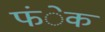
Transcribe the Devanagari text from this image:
फंेक